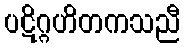
ပဋိဂ္ဂဟိတကသညီ